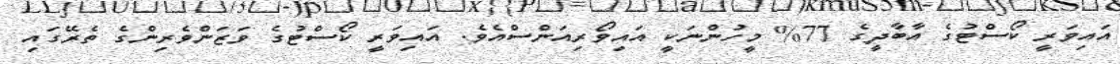
އައިވަރީ ކޯސްޓުގެ އާބާދީގެ 77% މީހުންނަކީ އައިވޯރިއަންސްއެވެ. އައިވަރީ ކޯސްޓުގެ ވަޒަންވެރިންގެ ތެރޭގައި